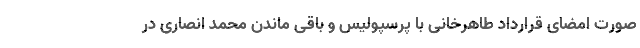
صورت امضای قرارداد طاهرخانی با پرسپولیس و باقی ماندن محمد انصاری در